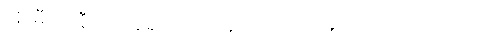
အို၊ မီလာနီက ပြန်ချင်လှလို့ မဟုတ်ပါဘူး၊ စကားလက်ကလည်း